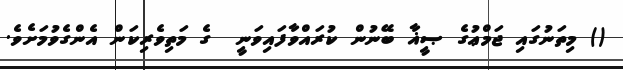
() މިތަނުގައި ޖަމްޢުގެ ޞީޣާ ބޭނުން ކުރައްވާފައިވަނީ  ގެ މަތިވެރިކަން އެންގެވުމަށެވެ.